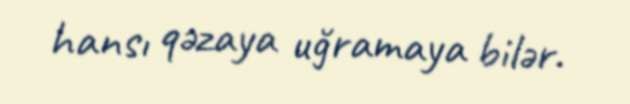
hansı qəzaya uğramaya bilər.